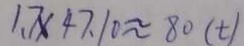
1 . 7 \times 4 7 . 1 0 \approx 8 0 ( t )